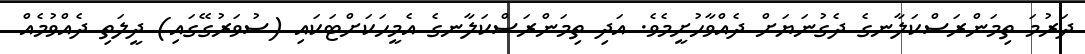
ދަރުމަ ތިމަންރަސްކަލާނގެ ދެގުނަޔަށް ދެއްވާހުށީމެވެ. އަދި ތިމަންރަސްކަލާނގެ އެމީހަކަށްޓަކައި (ސުވަރުގޭގައި) ދީލަތި ދެއްވުމެއް